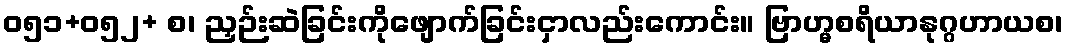
ဝ၅၁+၀၅၂+ စ၊ ညှဉ်းဆဲခြင်းကိုဖျောက်ခြင်းငှာလည်းကောင်း။ ဗြာဟ္မစရိယာနုဂ္ဂဟာယစ၊